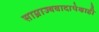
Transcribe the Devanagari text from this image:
साम्राज्यवादापेक्षाही